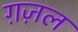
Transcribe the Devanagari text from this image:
ग़ज़्‍ाल